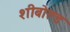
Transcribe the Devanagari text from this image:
शीबोल्ड